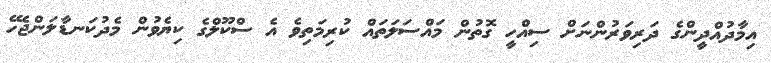
އިމާދުއްދީންގެ ދަރިވަރުންނަށް ސިއްހީ ގޮތުން މައްސަލަތައް ކުރިމަތިވެ އެ ސްކޫލްގެ ކިޔެވުން މެދުކަނޑާލަންޖެހޭ